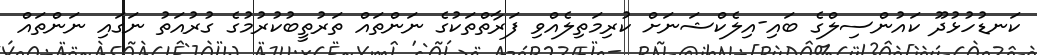
ކަނޑުހުޅުދޫ ކައުންސިލްގެ ބައި-އިލެކްޝަނަށް ކުރިމަތިލެއްވި ފަރާތްތަކުގެ ނަންތައް ތަރުތީބުކުރުމުގެ ގުރުއަތު ނަގައި ނަންތައް